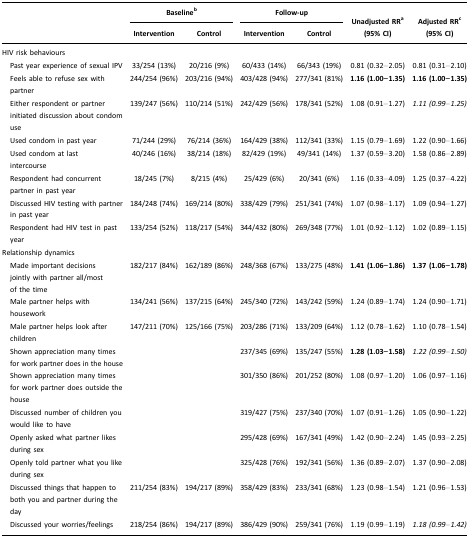
<table><thead><tr><td>[EMPTY_CELL]</td><td colspan="2"><b>Baselineb</b></td><td colspan="2"><b>Follow-up</b></td><td rowspan="3"><b>Unadjusted RRa (95% CI)</b></td><td rowspan="3"><b>Adjusted RRc (95% CI)</b></td></tr><tr><td>[EMPTY_CELL]</td><td><b>Intervention</b></td><td><b>Control</b></td><td><b>Intervention</b></td><td><b>Control</b></td></tr></thead><tbody><tr><td>HIV risk behaviours</td><td>[EMPTY_CELL]</td><td>[EMPTY_CELL]</td><td>[EMPTY_CELL]</td><td>[EMPTY_CELL]</td><td>[EMPTY_CELL]</td><td>[EMPTY_CELL]</td></tr><tr><td> Past year experience of sexual IPV</td><td>33/254 (13%)</td><td>20/216 (9%)</td><td>60/433 (14%)</td><td>66/343 (19%)</td><td>0.81 (0.32–2.05)</td><td>0.81 (0.31–2.10)</td></tr><tr><td> Feels able to refuse sex with partner</td><td>244/254 (96%)</td><td>203/216 (94%)</td><td>403/428 (94%)</td><td>277/341 (81%)</td><td><b>1.16 (1.00–1.35)</b></td><td><b>1.16 (1.00–1.35)</b></td></tr><tr><td> Either respondent or partner initiated discussion about condom use</td><td>139/247 (56%)</td><td>110/214 (51%)</td><td>242/429 (56%)</td><td>178/341 (52%)</td><td>1.08 (0.91–1.27)</td><td><i>1.11 (0.99–1.25)</i></td></tr><tr><td> Used condom in past year</td><td>71/244 (29%)</td><td>76/214 (36%)</td><td>164/429 (38%)</td><td>112/341 (33%)</td><td>1.15 (0.79–1.69)</td><td>1.22 (0.90–1.66)</td></tr><tr><td> Used condom at last intercourse</td><td>40/246 (16%)</td><td>38/214 (18%)</td><td>82/429 (19%)</td><td>49/341 (14%)</td><td>1.37 (0.59–3.20)</td><td>1.58 (0.86–2.89)</td></tr><tr><td> Respondent had concurrent partner in past year</td><td>18/245 (7%)</td><td>8/215 (4%)</td><td>25/429 (6%)</td><td>20/341 (6%)</td><td>1.16 (0.33–4.09)</td><td>1.25 (0.37–4.22)</td></tr><tr><td> Discussed HIV testing with partner in past year</td><td>184/248 (74%)</td><td>169/214 (80%)</td><td>338/429 (79%)</td><td>251/341 (74%)</td><td>1.07 (0.98–1.17)</td><td>1.09 (0.94–1.27)</td></tr><tr><td> Respondent had HIV test in past year</td><td>133/254 (52%)</td><td>118/217 (54%)</td><td>344/432 (80%)</td><td>269/348 (77%)</td><td>1.01 (0.92–1.12)</td><td>1.02 (0.89–1.15)</td></tr><tr><td>Relationship dynamics</td><td>[EMPTY_CELL]</td><td>[EMPTY_CELL]</td><td>[EMPTY_CELL]</td><td>[EMPTY_CELL]</td><td>[EMPTY_CELL]</td><td>[EMPTY_CELL]</td></tr><tr><td> Made important decisions jointly with partner all/most of the time</td><td>182/217 (84%)</td><td>162/189 (86%)</td><td>248/368 (67%)</td><td>133/275 (48%)</td><td><b>1.41 (1.06–1.86)</b></td><td><b>1.37 (1.06–1.78)</b></td></tr><tr><td> Male partner helps with housework</td><td>134/241 (56%)</td><td>137/215 (64%)</td><td>245/340 (72%)</td><td>143/242 (59%)</td><td>1.24 (0.89–1.74)</td><td>1.24 (0.90–1.71)</td></tr><tr><td> Male partner helps look after children</td><td>147/211 (70%)</td><td>125/166 (75%)</td><td>203/286 (71%)</td><td>133/209 (64%)</td><td>1.12 (0.78–1.62)</td><td>1.10 (0.78–1.54)</td></tr><tr><td> Shown appreciation many times for work partner does in the house</td><td>[EMPTY_CELL]</td><td>[EMPTY_CELL]</td><td>237/345 (69%)</td><td>135/247 (55%)</td><td><b>1.28 (1.03–1.58)</b></td><td><i>1.22 (0.99–1.50)</i></td></tr><tr><td> Shown appreciation many times for work partner does outside the house</td><td>[EMPTY_CELL]</td><td>[EMPTY_CELL]</td><td>301/350 (86%)</td><td>201/252 (80%)</td><td>1.08 (0.97–1.20)</td><td>1.06 (0.97–1.16)</td></tr><tr><td> Discussed number of children you would like to have</td><td>[EMPTY_CELL]</td><td>[EMPTY_CELL]</td><td>319/427 (75%)</td><td>237/340 (70%)</td><td>1.07 (0.91–1.26)</td><td>1.05 (0.90–1.22)</td></tr><tr><td> Openly asked what partner likes during sex</td><td>[EMPTY_CELL]</td><td>[EMPTY_CELL]</td><td>295/428 (69%)</td><td>167/341 (49%)</td><td>1.42 (0.90–2.24)</td><td>1.45 (0.93–2.25)</td></tr><tr><td> Openly told partner what you like during sex</td><td>[EMPTY_CELL]</td><td>[EMPTY_CELL]</td><td>325/428 (76%)</td><td>192/341 (56%)</td><td>1.36 (0.89–2.07)</td><td>1.37 (0.90–2.08)</td></tr><tr><td> Discussed things that happen to both you and partner during the day</td><td>211/254 (83%)</td><td>194/217 (89%)</td><td>358/429 (83%)</td><td>233/341 (68%)</td><td>1.23 (0.98–1.54)</td><td>1.21 (0.96–1.53)</td></tr><tr><td> Discussed your worries/feelings</td><td>218/254 (86%)</td><td>194/217 (89%)</td><td>386/429 (90%)</td><td>259/341 (76%)</td><td>1.19 (0.99–1.19)</td><td><i>1.18 (0.99–1.42)</i></td></tr></tbody></table>